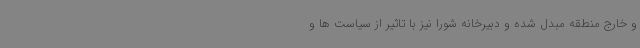
و خارج منطقه مبدل شده و دبیرخانه شورا نیز با تاثیر از سیاست ها و